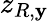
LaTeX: z_{R,\mathbf{y}}